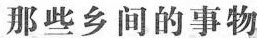
那些乡间的事物